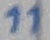
Text: 11